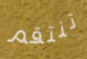
تنتقم